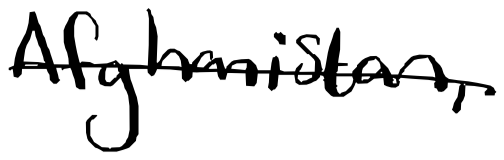
Text: Afghanistan,
Cross-out: single-line
Writing tool: digital_black